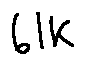
6 1 k